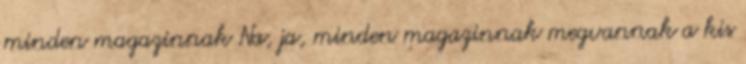
minden magazinnak Na, ja, minden magazinnak megvannak a kis